Vaccine operations Central Provinces 1868-1885 - 1868-1885
Year: 1868
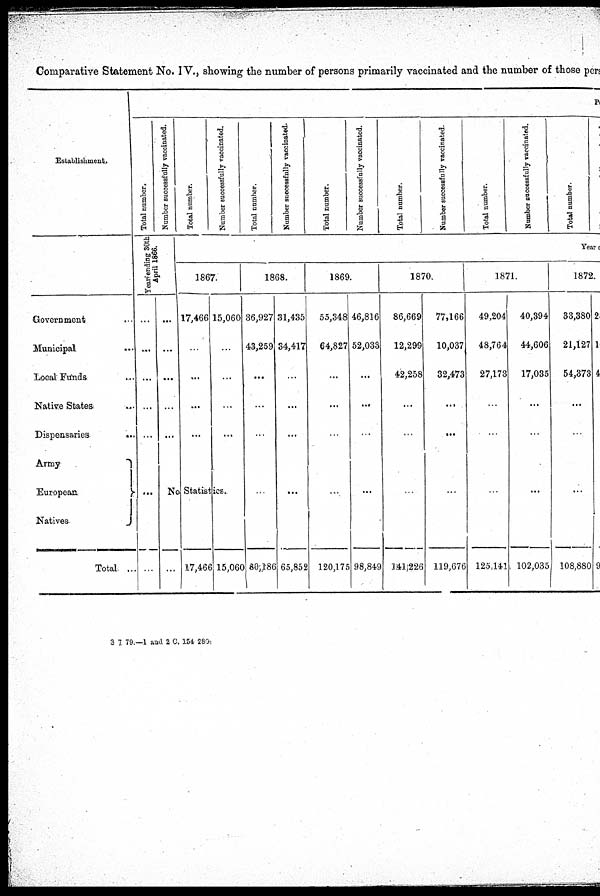
Comparative Statement No. IV., showing the number of persons primarily vaccinated and the number of those pers
Establishment.
Government ...
Municipal ...
Local Funds ...
Native States. ...
Dispensaries
...
Army
European
Natives
Total ...
P
Total number.
Number successfully vaccinated.
Year ending 30th
April 1866.
...
...
...
...
...
...
...
...
...
...
...
...
Total number.
Number successfully vaccinated.
Total number.
Number successfully vaccinated.
Total number.
Number successfully vaccinated.
Total number.
Number successfully vaccinated.
Total number.
Number successfully vaccinated.
Total number.
Yeare
1867.
17,466
...
...
...
...
15,060
...
...
...
...
No Statistics.
... 17,466 15,060
1868.
36,927
43,259
...
...
...
...
80,186
31,435
34,417
...
...
...
...
65,852
1869.
55,348
64,827
...
...
...
...
120,175
46,816
52,033
...
...
...
...
98,849
1870.
86,669
12,299
42,258
...
...
...
141,226
77,166
10,037
32,473
...
...
...
119,676
1871.
49,204
48,764
27,173
...
...
...
125,141
40,394
44,606
17,035
...
...
...
102,035
1872.
33,380
21,127
54,373
...
...
...
108,880
20
10
4
...
...
...
9
3 7 79.—1 and 2 C.154, 280.